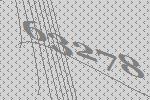
63278